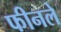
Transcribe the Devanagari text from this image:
फीनले